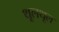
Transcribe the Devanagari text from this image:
थूलथूल